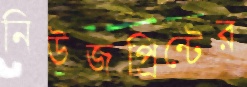
নিউজপ্রিন্টের